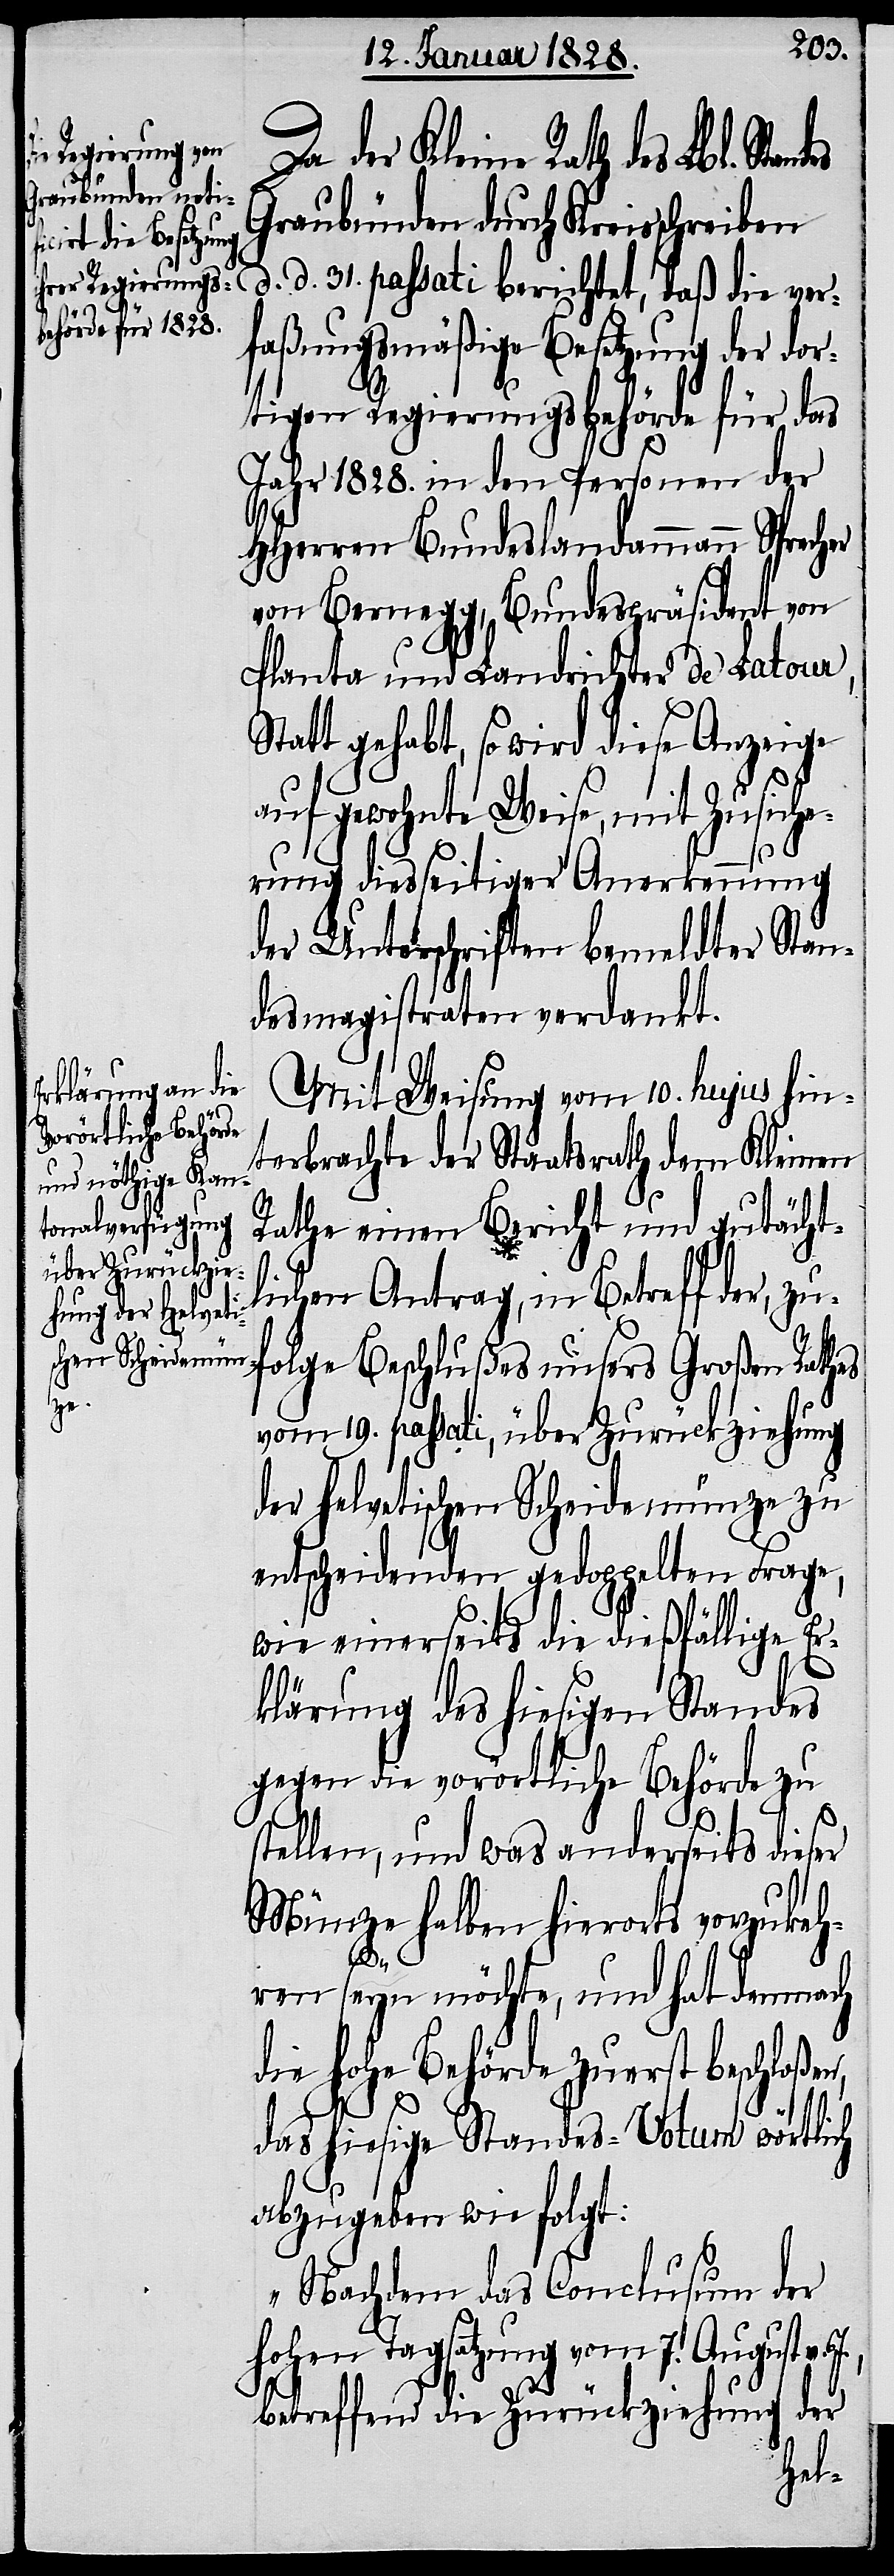
cher

Da der Kleine Rath des Lbl. Sta¬
Graubünden durch Kreisschreiben
d. d. 31. passati berichtet, daß die ver¬
faßungsmäßige Besetzung der dor¬
tigen Regierungsbehörde für das
Jahr 1828. in den Personen der
HHerren Bundeslandammann Spre¬
von Bernegg, Bundespräsident von
Planta und Landrichter de Latour,
Statt gehabt, so wird diese Anzeige
auf gewohnte Weise, mit Zusiche¬
rung diesseitiger Anerkennung
der Unterschriften bemeldter Stan¬
desmagistraten verdankt.
Mit Weisung vom 10. hujus hin¬
terbrachte der Staatsrath dem Kleinen
Rathe einen Bericht und gutächt¬
lichen Antrag, in Betreff der, zu¬
folge Beschlußes unsers Großen Rathes
vom 19. passati, über Zurückziehung
der helvetischen Scheidemünze zu
entscheidenden gedoppelten Frage,
wie einerseits die dießfällige Er¬
klärung des hiesigen Standes
gegen die vorörtliche Behörde zu
stellen, und was anderseits dieser
Münze halben hierorts vorzukeh¬
n,
ren seyn möchte, und hat demnach
die hohe Behörde zuerst beschloße¬
das hiesige Standes-Votum wörtlich
abzugeben wie folgt:
„Nachdem das Conclusum der
hohen Tagsatzung vom 7. August
betreffend die Zurückziehung der